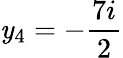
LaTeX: \mathit{y}_{4}=-\frac{{7i}}{{2}}